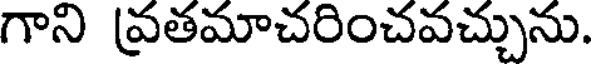
గాని వ్రతమాచరించవచ్చును.